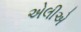
એલીએ